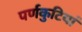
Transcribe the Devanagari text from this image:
पर्णकुटियां